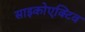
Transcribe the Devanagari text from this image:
साइकोएक्टिव